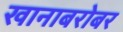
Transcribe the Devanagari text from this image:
खानाबरोबर